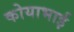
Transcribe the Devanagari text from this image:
कोयाभाई